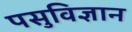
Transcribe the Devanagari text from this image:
पसुविज्ञान